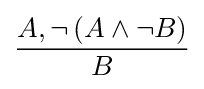
{\frac {A,\neg \left(A\wedge \neg B\right)}{B}}